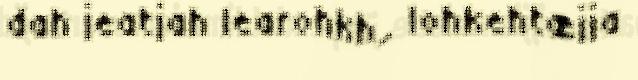
dah jeatjah learohkh, lohkehtæjja